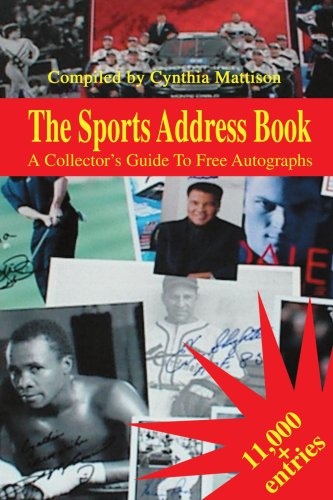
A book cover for The Sports Address Book: A Collector's Guide To Free Autographs; Cynthia Mattison; Crafts, Hobbies & Home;